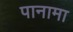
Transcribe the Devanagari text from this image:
पानामा